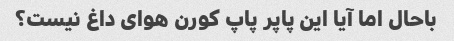
باحال اما آیا این پاپر پاپ کورن هوای داغ نیست؟